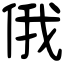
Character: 俄